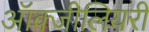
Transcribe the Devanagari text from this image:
ऑक्जीलियरी